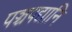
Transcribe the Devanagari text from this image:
पञ्चपद्यानि